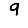
Digit: 9